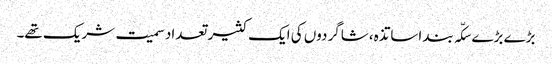
بڑے بڑے سکّہ بند اساتذہ، شاگردوں کی ایک کثیر تعداد سمیت شریک تھے۔